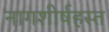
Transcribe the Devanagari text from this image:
नागशीर्षहस्त